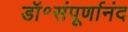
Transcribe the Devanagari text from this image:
डॉ॰संपूर्णानंद